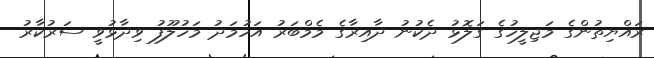
ރައްޔިތުންގެ މަޖިލީހުގެ ގަލޮޅު ދެކުނު ދާއިރާގެ މެމްބަރު އަހުމަދު މަހުލޫފު ވިދާޅުވީ ސަރުކާރު